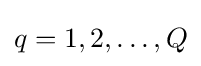
q=1,2,\ldots ,Q